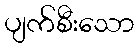
ပျက်စီးသော